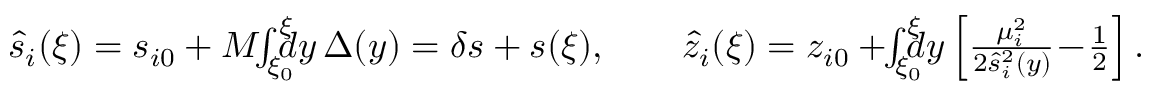
\begin{array} { r } { \hat { s } _ { i } ( \xi ) = s _ { i 0 } + M \! \! \int _ { \xi _ { 0 } } ^ { \xi } \! \! \! \! d y \, \Delta ( y ) = \delta s + s ( \xi ) , \qquad \hat { z } _ { i } ( \xi ) = z _ { i 0 } + \! \! \int _ { \xi _ { 0 } } ^ { \xi } \! \! \! \! d y \left[ \frac { \mu _ { i } ^ { 2 } } { 2 \hat { s } _ { i } ^ { 2 } ( y ) } \! - \! \frac 1 2 \right] . } \end{array}